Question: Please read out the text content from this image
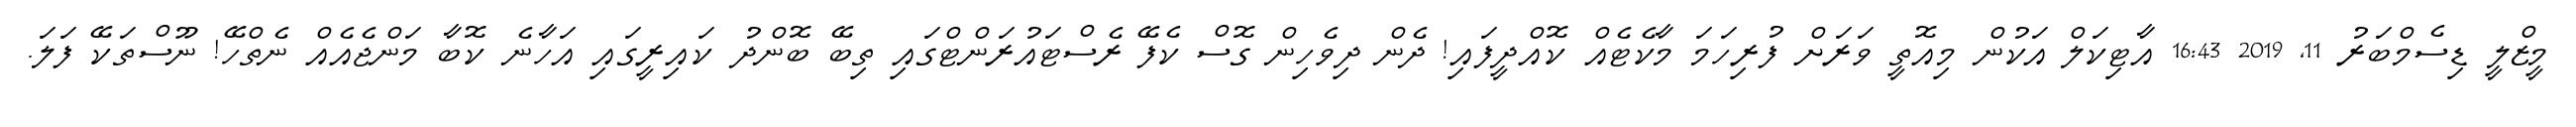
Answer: މީޒްލީ ޑިސެމްބަރު 11, 2019 16:43 އާޓިކަލް އަކުން މިއޮތީ ވަރަށް ފުރިހަމަ މާކެޓެއް ކޮއްދީފައި! ދެން ދިވެހިން ގޮސް ކެފޭ ރެސްޓައުރަންޓްގައި ތިބޭ ބޮންދު ކައިރީގައި އަހާނެ ކޮބާ މަންޖެއެއް ނެތްހޭ! ނޫސްތަކޭ ފަލަ.